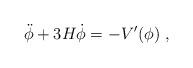
LaTeX: \begin{align*} \ddot\phi + 3H\dot\phi = -{V'(\phi)} \ ,\end{align*}